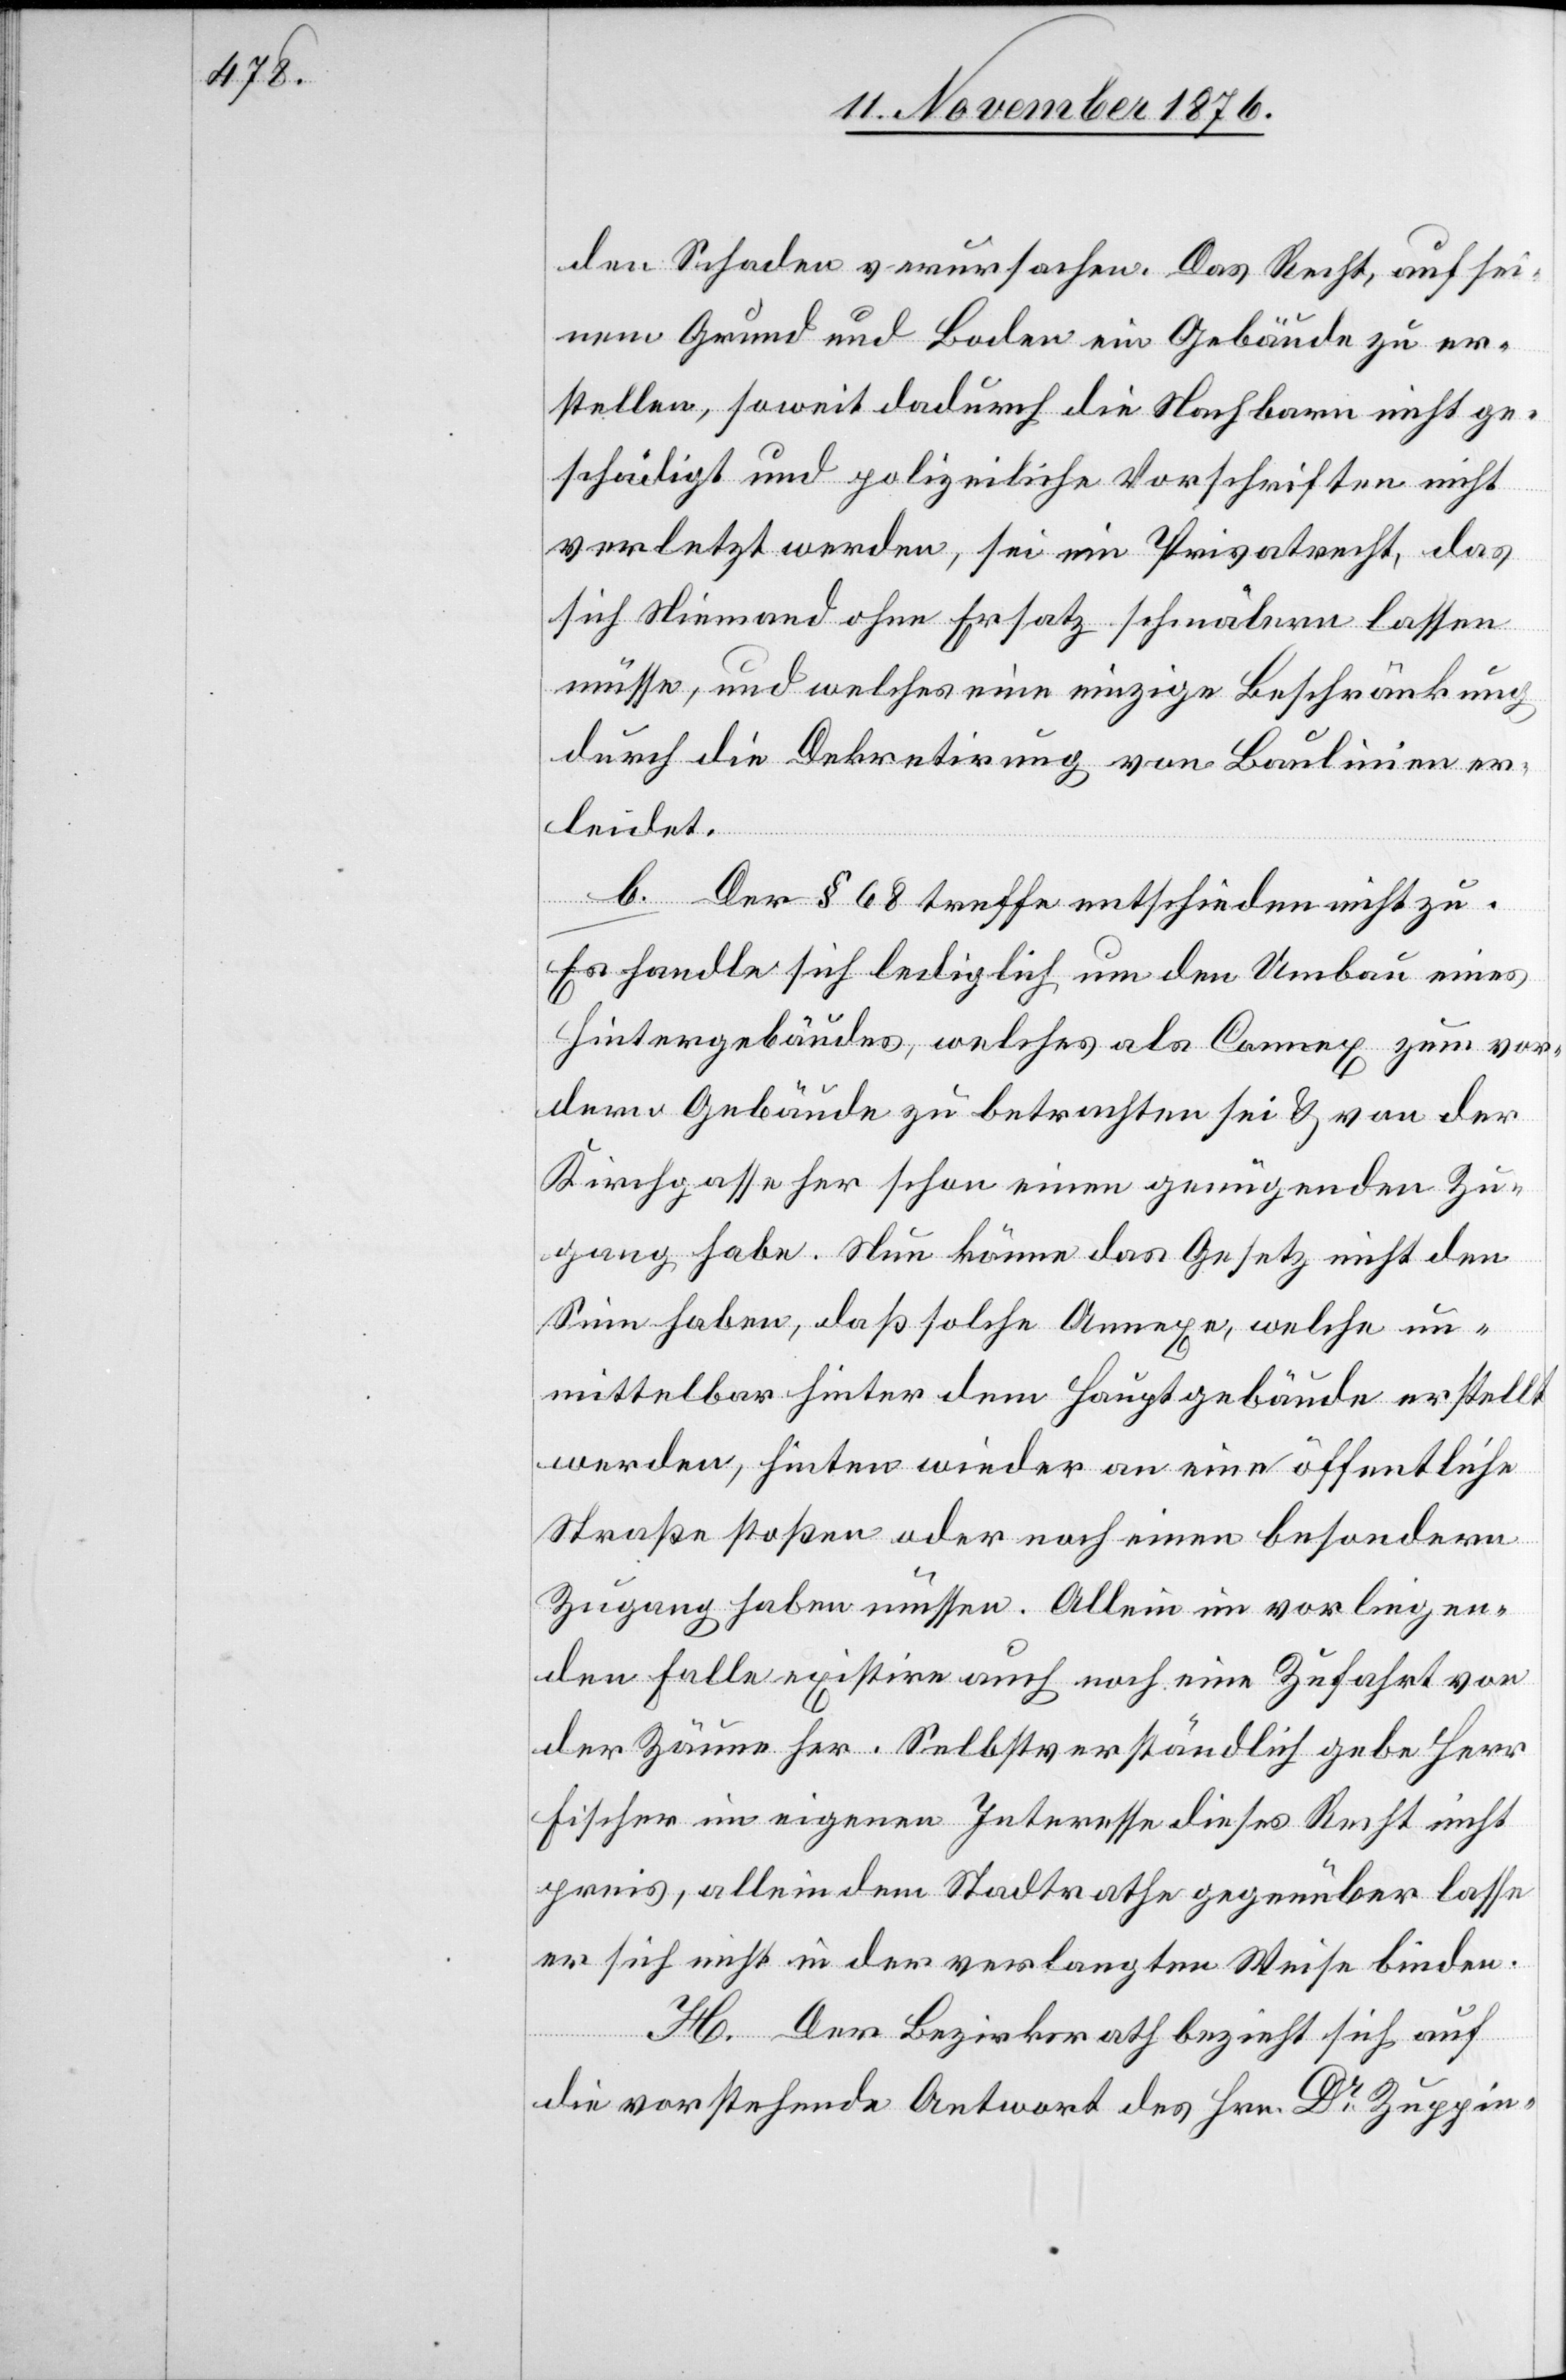
den Schaden verursachen. Das Recht, auf sei¬
nem Grund und Boden ein Gebäude zu er¬
stellen, soweit dadurch die Nachbarn nicht ge¬
schädigt und polizeiliche Vorschriften nicht
verletzt werden, sei ein Privatrecht, das
sich Niemand ohne Ersatz schmälern lassen
müsse, und welches eine einzige Beschränkung
durch die Dekretirung von Baulinien er¬
leidet.
b. Der § 68 treffe entschieden nicht zu.
Es handle sich lediglich um den Umbau des
Hintergebäudes, welches als Connex zum vorh¬
andenen Gebäude zu betrachten sei & von der
Kirchgasse her schon einen genügenden Zu¬
gang habe. Nun könne das Gesetz nicht den
Sinn haben, daß solche Annexe, welche un¬
mittelbar hinter dem Hauptgebäude erstellt
werden, hinten wieder an eine öffentliche
Straße stoßen oder noch einen besondern
Zugang haben müssen. Allein im vorliegen¬
den Falle existire auch noch eine Zufahrt von
der Zäune her. Selbstverständlich gebe Herr
Fischer im eigenen Interesse dieses Recht nicht
preis, allein dem Stadtrathe gegenüber lasse
er sich nicht in der verlangten Weise binden.
H. Der Bezirksrath bezieht sich auf
die vorstehende Antwort des Hrn. Dr Zuppin-